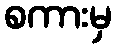
စကားမှ